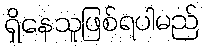
ရှိနေသူဖြစ်ရပါမည်